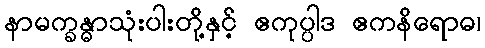
နာမက္ခန္ဓာသုံးပါးတို့နှင့် ဧကုပ္ပါဒ ဧကနိရောဓ၊